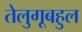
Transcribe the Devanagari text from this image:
तेलुगूबहुल